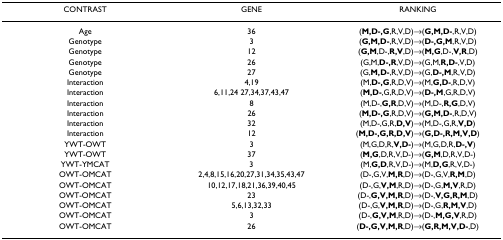
<table><thead><tr><td><b>CONTRAST</b></td><td><b>GENE</b></td><td><b>RANKING</b></td></tr></thead><tbody><tr><td>Age</td><td>36</td><td>(<b>M,D-,G</b>,R,V,D)→(<b>G,M,D-</b>,R,V,D)</td></tr><tr><td>Genotype</td><td>3</td><td>(<b>G,M,D-</b>,R,V,D)→(<b>D-,G,M</b>,R,V,D)</td></tr><tr><td>Genotype</td><td>12</td><td>(<b>G,M</b>,D-,<b>R,V</b>,D)→(<b>M,G</b>,D-,<b>V,R</b>,D)</td></tr><tr><td>Genotype</td><td>26</td><td>(G,M,<b>D-,R</b>,V,D)→(G,M,<b>R,D-</b>,V,D)</td></tr><tr><td>Genotype</td><td>27</td><td>(G,<b>M,D-</b>,R,V,D)→(G,<b>D-,M</b>,R,V,D)</td></tr><tr><td>Interaction</td><td>4,19</td><td>(M,<b>D-,G</b>,R,D,V)→(M,<b>G,D-</b>,R,D,V)</td></tr><tr><td>Interaction</td><td>6,11,24 27,34,37,43,47</td><td>(<b>M,D-</b>,G,R,D,V)→(<b>D-,M</b>,G,R,D,V)</td></tr><tr><td>Interaction</td><td>8</td><td>(M,D-,<b>G,R</b>,D,V)→(M,D-,<b>R,G</b>,D,V)</td></tr><tr><td>Interaction</td><td>26</td><td>(<b>M,D-,G</b>,R,D,V)→(<b>G,M,D-</b>,R,D,V)</td></tr><tr><td>Interaction</td><td>32</td><td>(M,D-,G,R,<b>D,V</b>)→(M,D-,G,R,<b>V,D</b>)</td></tr><tr><td>Interaction</td><td>12</td><td>(<b>M,D-,G,R,D,V</b>)→(<b>G,D-,R,M,V,D</b>)</td></tr><tr><td>YWT-OWT</td><td>3</td><td>(M,G,D,R,<b>V,D-</b>)→(M,G,D,R,<b>D-,V</b>)</td></tr><tr><td>YWT-OWT</td><td>37</td><td>(<b>M,G</b>,D,R,V,D-)→(<b>G,M</b>,D,R,V,D-)</td></tr><tr><td>YWT-YMCAT</td><td>3</td><td>(M,<b>G,D</b>,R,V,D-)→(M,<b>D,G</b>,R,V,D-)</td></tr><tr><td>OWT-OMCAT</td><td>2,4,8,15,16,20,27,31,34,35,43,47</td><td>(D-,G,V,<b>M,R</b>,D)→(D-,G,V,<b>R,M</b>,D)</td></tr><tr><td>OWT-OMCAT</td><td>10,12,17,18,21,36,39,40,45</td><td>(D-,G,<b>V,M</b>,R,D)→(D-,G,<b>M,V</b>,R,D)</td></tr><tr><td>OWT-OMCAT</td><td>23</td><td>(D-,<b>G,V,M,R</b>,D)→(D-,<b>V,G,R,M</b>,D)</td></tr><tr><td>OWT-OMCAT</td><td>5,6,13,32,33</td><td>(D-,G,<b>V,M,R</b>,D)→(D-,G,<b>R,M,V</b>,D)</td></tr><tr><td>OWT-OMCAT</td><td>3</td><td>(D-,<b>G,V,M</b>,R,D)→(D-,<b>M,G,V</b>,R,D)</td></tr><tr><td>OWT-OMCAT</td><td>26</td><td>(<b>D-,G,V,M,R</b>,D)→(<b>G,R,M,V,D-</b>,D)</td></tr></tbody></table>